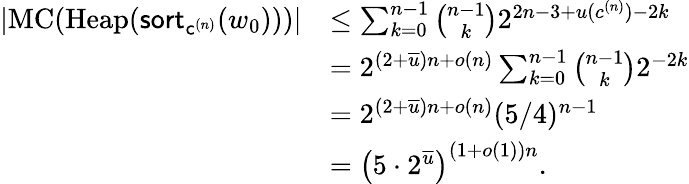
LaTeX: \begin{array}{rl}{\left\lvert\mathrm{MC}(\mathrm{Heap}(\mathsf{sort}_{\mathsf{c}^{(n)}}(w_{0})))\right\rvert}&{\leq\sum_{k=0}^{n-1}\binom{n-1}{k}2^{2n-3+u(c^{(n)})-2k}}\\ &{=2^{(2+\overline{{u}})n+o(n)}\sum_{k=0}^{n-1}\binom{n-1}{k}2^{-2k}}\\ &{=2^{(2+\overline{{u}})n+o(n)}(5/4)^{n-1}}\\ &{=\left(5\cdot 2^{\overline{u}}\right)^{(1+o(1))n}.}\end{array}